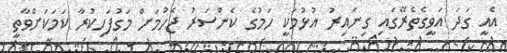
އެއީ ގަދަ އަވީގެތެރޭގައި ގިނައިރު އުޅުމަކީ ހަމުގެ ކެންސަރު ޖެހުމަށް މަގުފަހިކުރާ ކަމަކަށްވާތީ